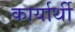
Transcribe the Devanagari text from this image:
कार्यार्थी